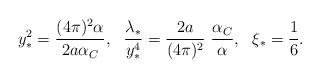
LaTeX: \begin{align*}y^2_\ast = {\frac{(4\pi)^2\alpha}{2a\alpha_C}},~~{\frac{\lambda_\ast}{y^4_\ast}}={\frac{2a}{(4\pi)^2}}~{\frac{\alpha_C}{\alpha}},~~\xi_\ast={\frac{1}{6}}.\end{align*}